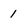
Character: 1